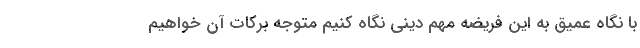
با نگاه عمیق به این فریضه مهم دینی نگاه کنیم متوجه برکات آن خواهیم